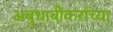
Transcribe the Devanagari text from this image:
अबुधाबीकरांच्या